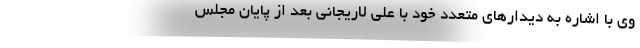
وی با اشاره به دیدارهای متعدد خود با علی لاریجانی بعد از پایان مجلس